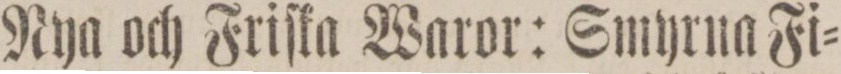
Nya och Friſka Waror: Smyrna Fi=